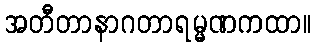
အတီတာနာဂတာရမ္မဏကထာ။